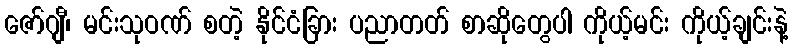
ဇော်ဂျီ၊ မင်းသုဝဏ် စတဲ့ နိုင်ငံခြား ပညာတတ် စာဆိုတွေပါ ကိုယ့်မင်း ကိုယ့်ချင်းနဲ့